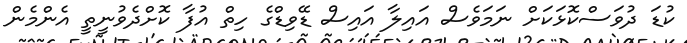
ކުޑަ ދުވަސްކޮޅަކަށް ނަމަވެސް އައިލާ އައިސް ޑޭވިޑްގެ ހިތް އުފާ ކޮށްދެވުނީތީ އެންމެން